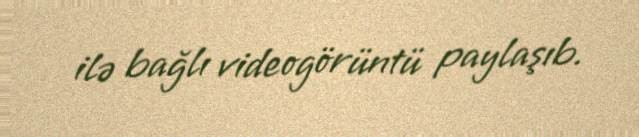
ilə bağlı videogörüntü paylaşıb.